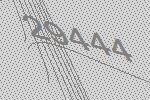
29444